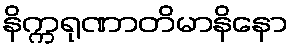
နိက္ကရုဏာတိမာနိနော